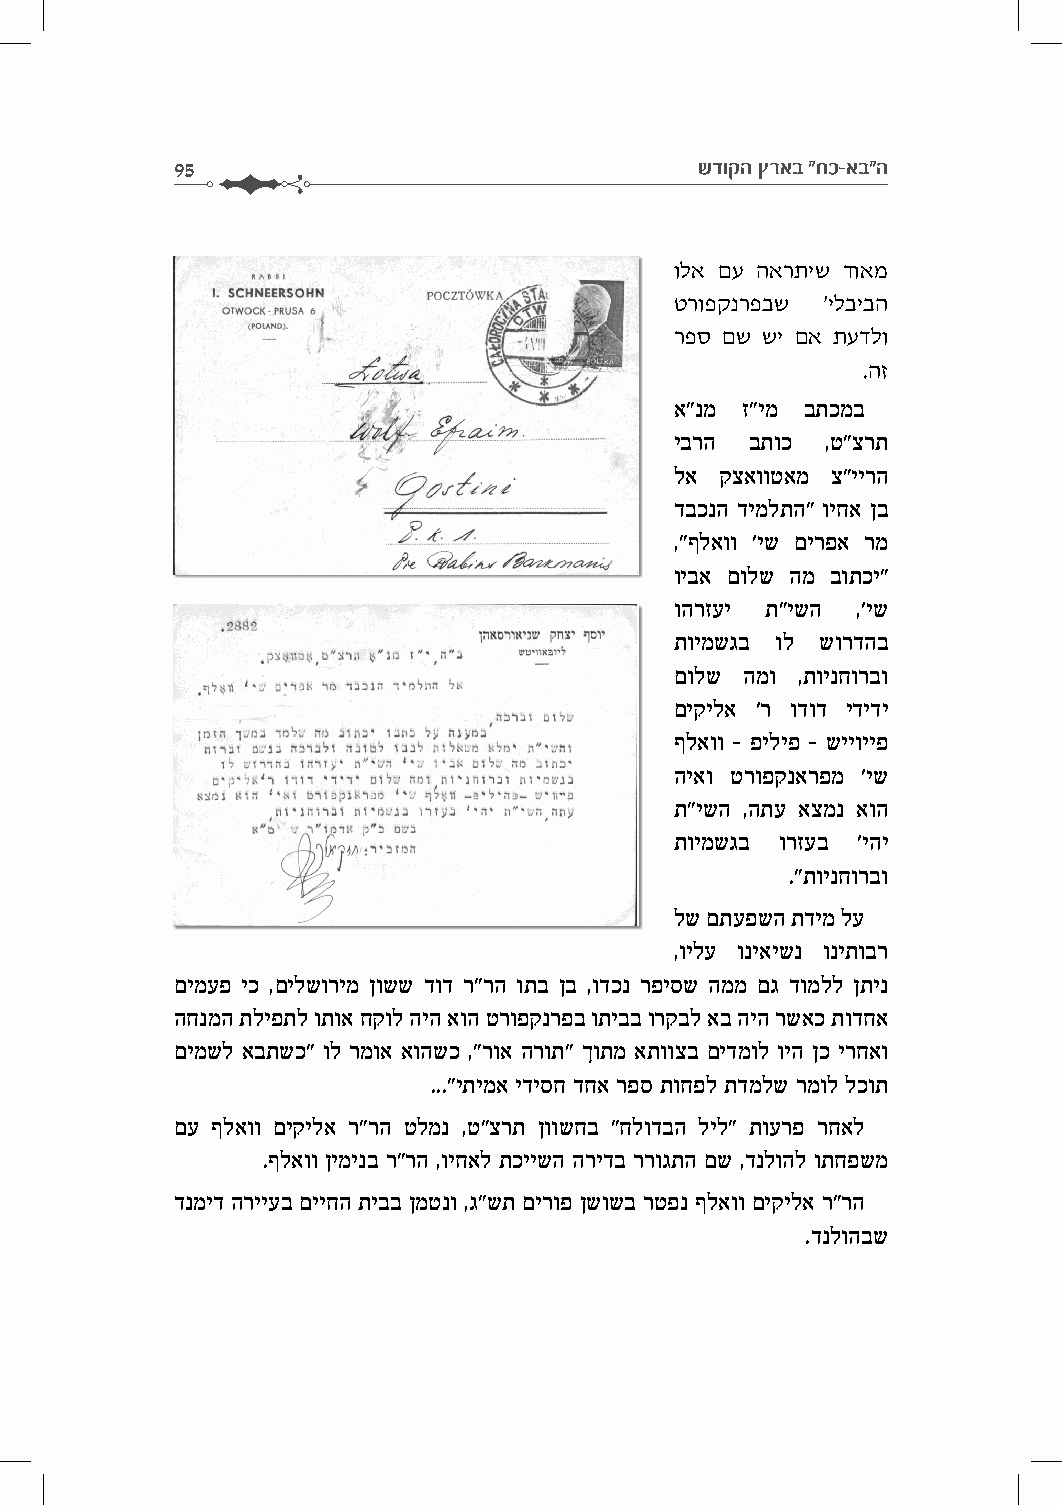
95                                 שדוקה ץראב "חכ-אב"ה
 ולא םע הארתיש דואמ
 טרופקנרפבש 'ילביבה
 רפס םש שי םא תעדלו
 .הז
 א"נמ ז"ימ בתכמב
 יברה בתוכ ,ט"צרת
 לא קצאווטאמ צ"יירה
 דבכנה דימלתה" ויחא ןב
 ,"ףלאוו 'יש םירפא רמ
 ויבא םולש המ בותכי"
 והרזעי ת"ישה ,'יש
 תוימשגב ול שורדהב
 םולש המו ,תוינחורבו
 םיקילא 'ר ודוד ידידי
 ףלאוו - פיליפ - שייוייפ
 היאו טרופקנארפמ 'יש
 ת"ישה ,התע אצמנ אוה
 תוימשגב ורזעב 'יהי
 ."תוינחורבו
 לש םתעפשה תדימ לע
 ,וילע וניאישנ וניתובר
 םימעפ יכ ,םילשורימ ןושש דוד ר"רה ותב ןב ,ודכנ רפיסש הממ םג דומלל ןתינ
 החנמה תליפתל ותוא חקול היה אוה טרופקנרפב ותיבב ורקבל אב היה רשאכ תודחא
 םימשל אבתשכ" ול רמוא אוהשכ ,"רוא הרות" ךותמ אתווצב םידמול ויה ןכ ירחאו
 ..."יתימא ידיסח דחא רפס תוחפל תדמלש רמול לכות
 םע ףלאוו םיקילא ר"רה טלמנ ,ט"צרת ןוושחב "חלודבה ליל" תוערפ רחאל
 .ףלאוו ןימינב ר"רה ,ויחאל תכיישה הרידב ררוגתה םש ,דנלוהל ותחפשמ
 דנמיד הרייעב םייחה תיבב ןמטנו ,ג"שת םירופ ןשושב רטפנ ףלאוו םיקילא ר"רה
 .דנלוהבש